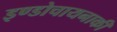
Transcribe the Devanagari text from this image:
इण्डोचायनाकी